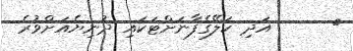
٤      އަދި ކަލޭގެފާނަށްޓަކައި ދުނިޔެއަށްވުރެ